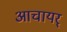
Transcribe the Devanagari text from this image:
आचायर्